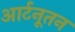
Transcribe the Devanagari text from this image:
आर्टनूतन